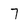
Character: 7